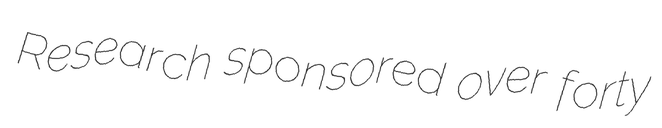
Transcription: Research sponsored over forty